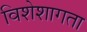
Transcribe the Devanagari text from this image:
विशेशागता